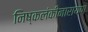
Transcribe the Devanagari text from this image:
निष्कलंकीनारायण